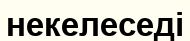
некелеседі